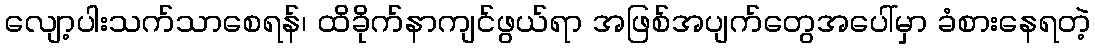
လျော့ပါးသက်သာစေရန်၊ ထိခိုက်နာကျင်ဖွယ်ရာ အဖြစ်အပျက်တွေအပေါ်မှာ ခံစားနေရတဲ့